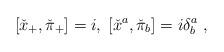
LaTeX: \begin{align*}[\check{x}_{+},\check{\pi}_{+}]=i,\;[\check{x}^{a},\check{\pi}_{b}]=i\delta^{a}_{b} \;,\end{align*}